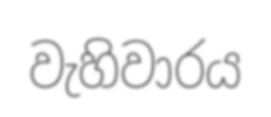
වැහිවාරය